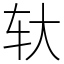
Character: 轪